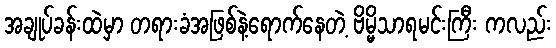
အချုပ်ခန်းထဲမှာ တရားခံအဖြစ်နဲ့ရောက်နေတဲ့ ဗိမ္မိသာရမင်းကြီး ကလည်း